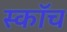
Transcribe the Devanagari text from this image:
स्‍कॉच